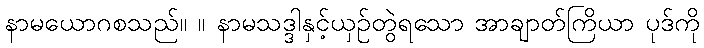
နာမယောဂစသည်။ ။ နာမသဒ္ဒါနှင့်ယှဉ်တွဲရသော အာချာတ်ကြိယာ ပုဒ်ကို